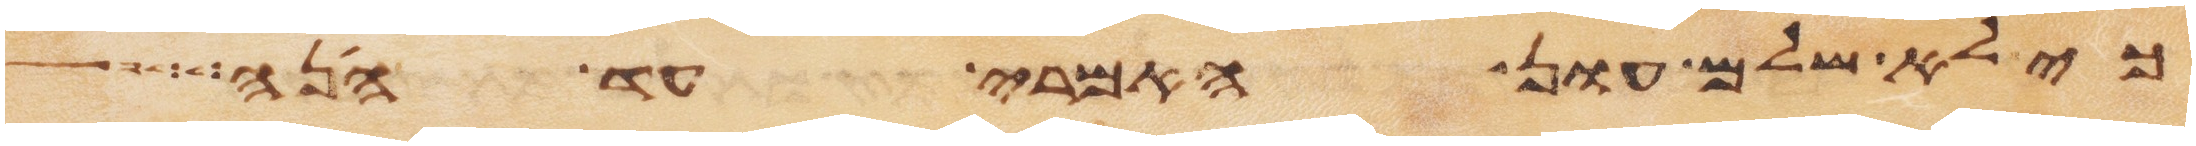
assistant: כי לא שלם עון האמרי עד הנה